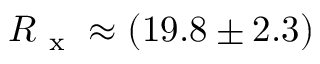
R _ { \mathrm { ~ x ~ } } \approx ( 1 9 . 8 \pm 2 . 3 )